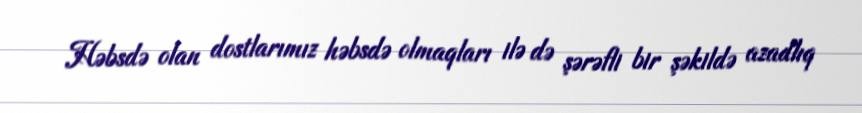
Həbsdə olan dostlarımız həbsdə olmaqları ilə də şərəfli bir şəkildə azadlıq